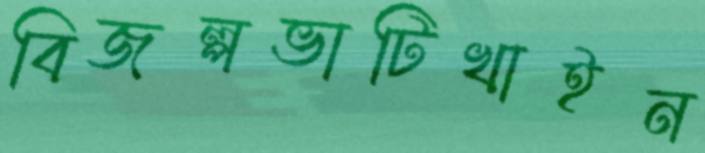
বিজল্পভাটিখাইন